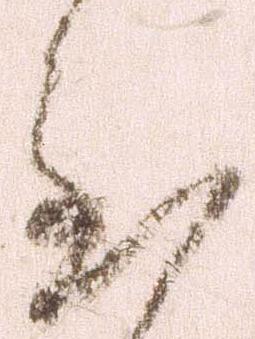
至